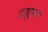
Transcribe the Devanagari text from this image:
टय़ूमर